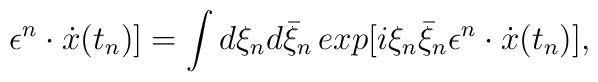
\epsilon^n\cdot \dot{x}(t_n)]=\int d\xi_nd\bar{\xi}_n\,exp[i\xi_n\bar{\xi}_n\epsilon^n\cdot \dot{x}(t_n)],